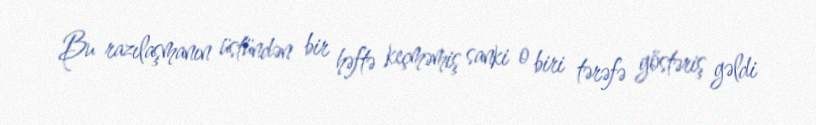
Bu razılaşmanın üstündən bir həftə keçməmiş sanki o biri tərəfə göstəriş gəldi